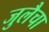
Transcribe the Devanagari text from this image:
जुलैचा